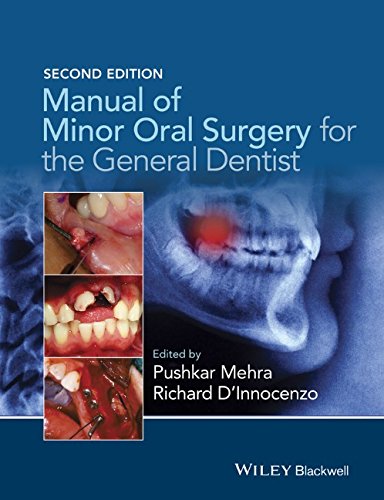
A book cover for Manual of Minor Oral Surgery for the General Dentist; Pushkar Mehra; Medical Books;